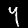
Digit: 4